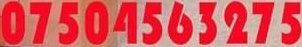
07504563275